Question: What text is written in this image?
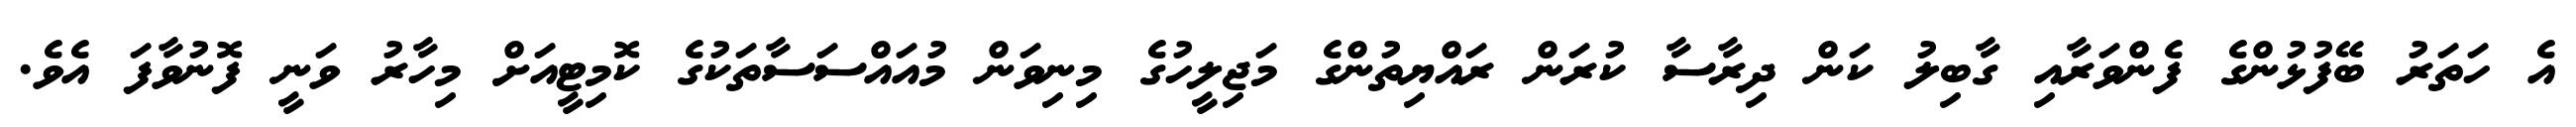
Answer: އެ ހަތަރު ބޭފުޅުންގެ ފެންވަރާއި ގާބިލު ކަން ދިރާސާ ކުރަން ރައްޔިތުންގެ މަޖިލީހުގެ މިނިވަން މުއައްސަސާތަކުގެ ކޮމިޓީއަށް މިހާރު ވަނީ ފޮނުވާފަ އެވެ.